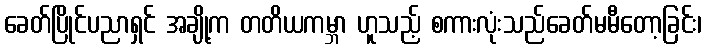
ခေတ်ပြိုင်ပညာရှင် အချို့က တတိယကမ္ဘာ ဟူသည့် စကားလုံးသည်ခေတ်မမီတော့ခြင်း၊